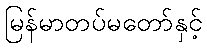
မြန်မာတပ်မတော်နှင့်